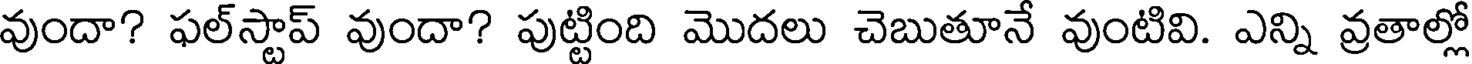
వుందా? ఫల్స్టాప్ వుందా? పుట్టింది మొదలు చెబుతూనే వుంటివి. ఎన్ని వ్రతాల్లో